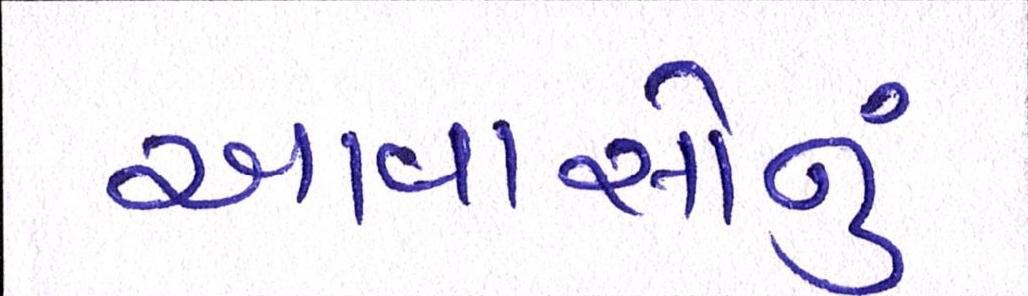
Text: આવાસોનું